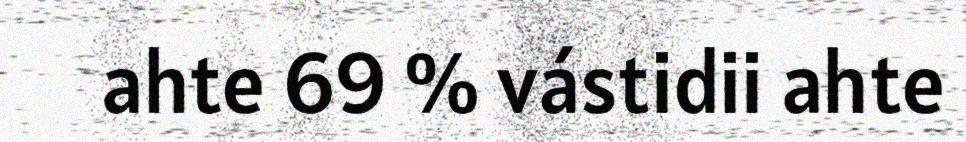
ahte 69 % vástidii ahte